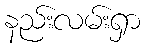
နည်းလမ်းရှာ